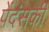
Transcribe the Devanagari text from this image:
पेंदंसकी